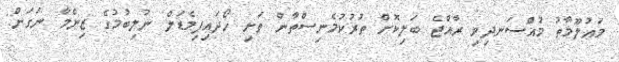
މައުލޫމާތު މުއްސަނދިވި ރާއްޖެ ބަލިކޮށް ތުރުކުމެނިސްތާން ތަށި ހޯދައިފިމެޑަލް ނުލިބުމުގެ ޒިންމާ ނަގަން: